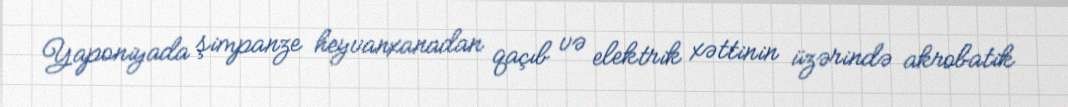
Yaponiyada şimpanze heyvanxanadan qaçıb və elektrik xəttinin üzərində akrobatik